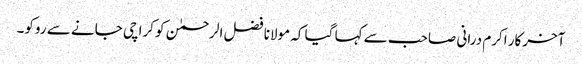
آخرکار اکرم درانی صاحب سے کہا گیا کہ مولانا فضل الرحمٰن کو کراچی جانے سے روکو۔